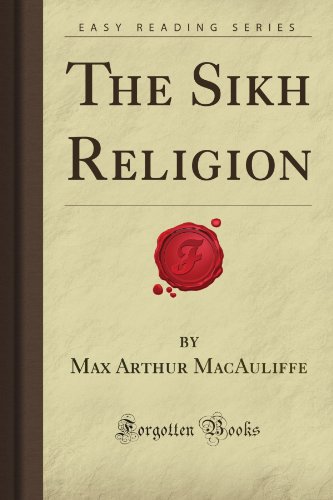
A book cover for The Sikh Religion (Forgotten Books); Max Arthur MacAuliffe; Religion & Spirituality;